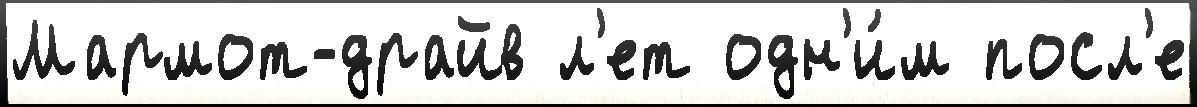
Мармот-драйв л'ет одн'и́м посл'е